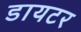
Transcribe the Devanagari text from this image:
डायटर